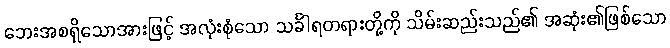
ဘေးအစရှိသောအားဖြင့် အလုံးစုံသော သင်္ခါရတရားတို့ကို သိမ်းဆည်းသည်၏ အဆုံး၏ဖြစ်သော